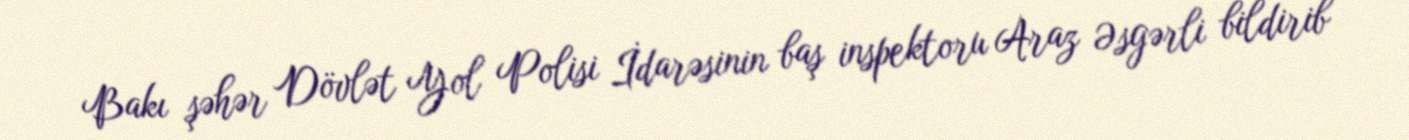
Bakı şəhər Dövlət Yol Polisi İdarəsinin baş inspektoru Araz Əsgərli bildirib